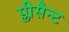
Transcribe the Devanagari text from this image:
प्लीसैन्ट